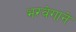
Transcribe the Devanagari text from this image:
भरवेगाने